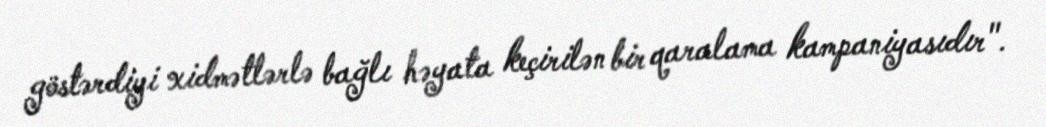
göstərdiyi xidmətlərlə bağlı həyata keçirilən bir qaralama kampaniyasıdır".